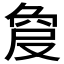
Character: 𠭠